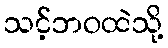
သင့်ဘဝထဲသို့